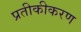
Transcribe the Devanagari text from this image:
प्रतीकीकरण